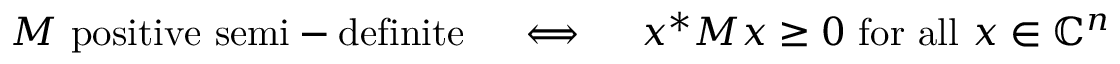
M { \mathrm { ~ p o s i t i v e ~ s e m i - d e f i n i t e } } \quad \iff \quad x ^ { * } M x \geq 0 { \mathrm { ~ f o r ~ a l l ~ } } x \in \mathbb { C } ^ { n }